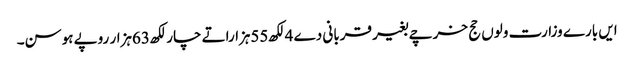
ایں بارے وزارت ولوں حج خرچے بغیر قربانی دے 4لکھ55ہزاراتے چار لکھ63ہزار روپے ہوسن۔